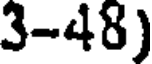
3-48)